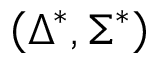
\left( \Delta ^ { * } , \Sigma ^ { * } \right)